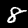
Digit: 8